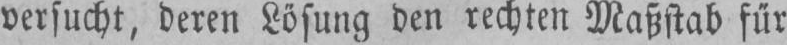
versucht, deren Lösung den rechten Maßstab für